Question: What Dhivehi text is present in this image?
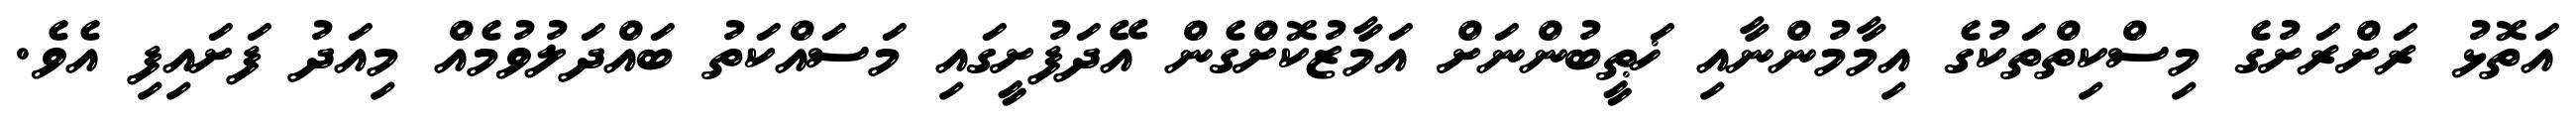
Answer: އަތޮޅު ރަށްރަށުގެ މިސްކިތްތަކުގެ އިމާމުންނާއި ޚަޠީބުންނަށް އަމާޒުކޮށްގެން އޭދަފުށީގައި މަސައްކަތު ބައްދަލުވުމެއް މިއަދު ފަށައިފި އެވެ.